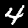
Label: 4